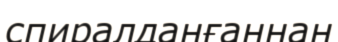
спиралданғаннан